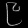
Digit: ၉